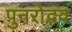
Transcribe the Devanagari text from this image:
पुनरोद्भव